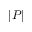
| P |